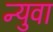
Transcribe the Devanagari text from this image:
न्युवा